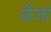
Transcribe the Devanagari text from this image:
बॅँजो